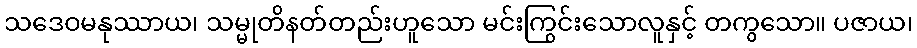
သဒေဝမနုဿာယ၊ သမ္မုတိနတ်တည်းဟူသော မင်းကြွင်းသောလူနှင့် တကွသော။ ပဇာယ၊